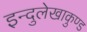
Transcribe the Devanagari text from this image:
इन्दुलेखाकुण्ड